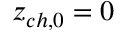
z _ { c h , 0 } = 0